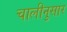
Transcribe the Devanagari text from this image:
चालीनुसार